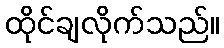
ထိုင်ချလိုက်သည်။